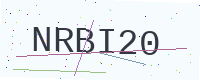
Text: NRBI20